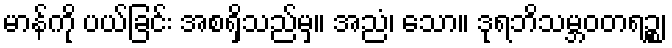
မာန်ကို ပယ်ခြင်း အစရှိသည်မှ။ အညံ၊ သော။ ဒုရဘိသမ္ဘဝတရဉ္စ၊